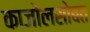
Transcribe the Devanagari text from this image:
काजोलसोबत